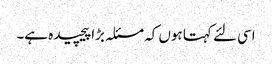
اسی لئے کہتا ہوں کہ مسئلہ بڑا پیچیده ہے۔